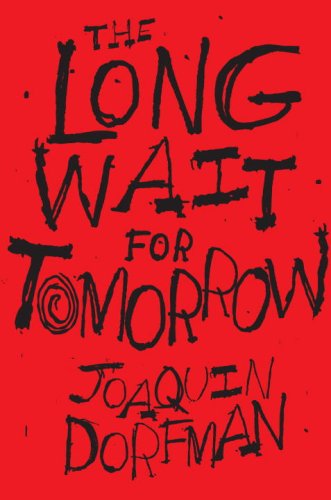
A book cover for The Long Wait for Tomorrow; Joaquin Dorfman; Teen & Young Adult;